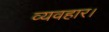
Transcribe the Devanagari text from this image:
व्‍यवहार।